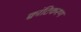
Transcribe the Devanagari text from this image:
क्वांटिकरण